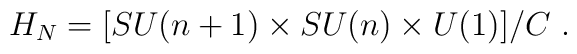
H_N = [SU(n+1)\times SU(n)\times U(1)]/C \ .